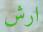
ارش